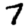
Digit: 7